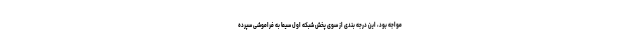
مواجه بود، این درجه بندی از سوی پخش شبکه اول سیما به فراموشی سپرده